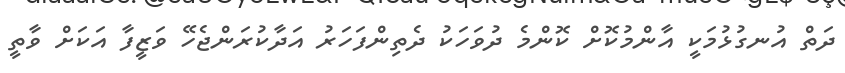
ދަތް އުނގުޅުމަކީ އާންމުކޮށް ކޮންމެ ދުވަހަކު ދެތިންފަހަރު އަދާކުރަންޖެހޭ ވަޒީފާ އަކަށް ވާތީ